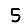
Digit: 5